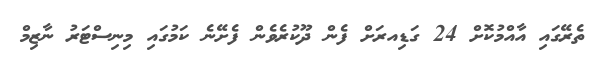
ތެރޭގައި އާއްމުކޮށް 24 ގަޑިއރަށް ފެން ދޫކުރެވެން ފެށޭނެ ކަމުގައި މިނިސްޓަރު ނާޒިމް